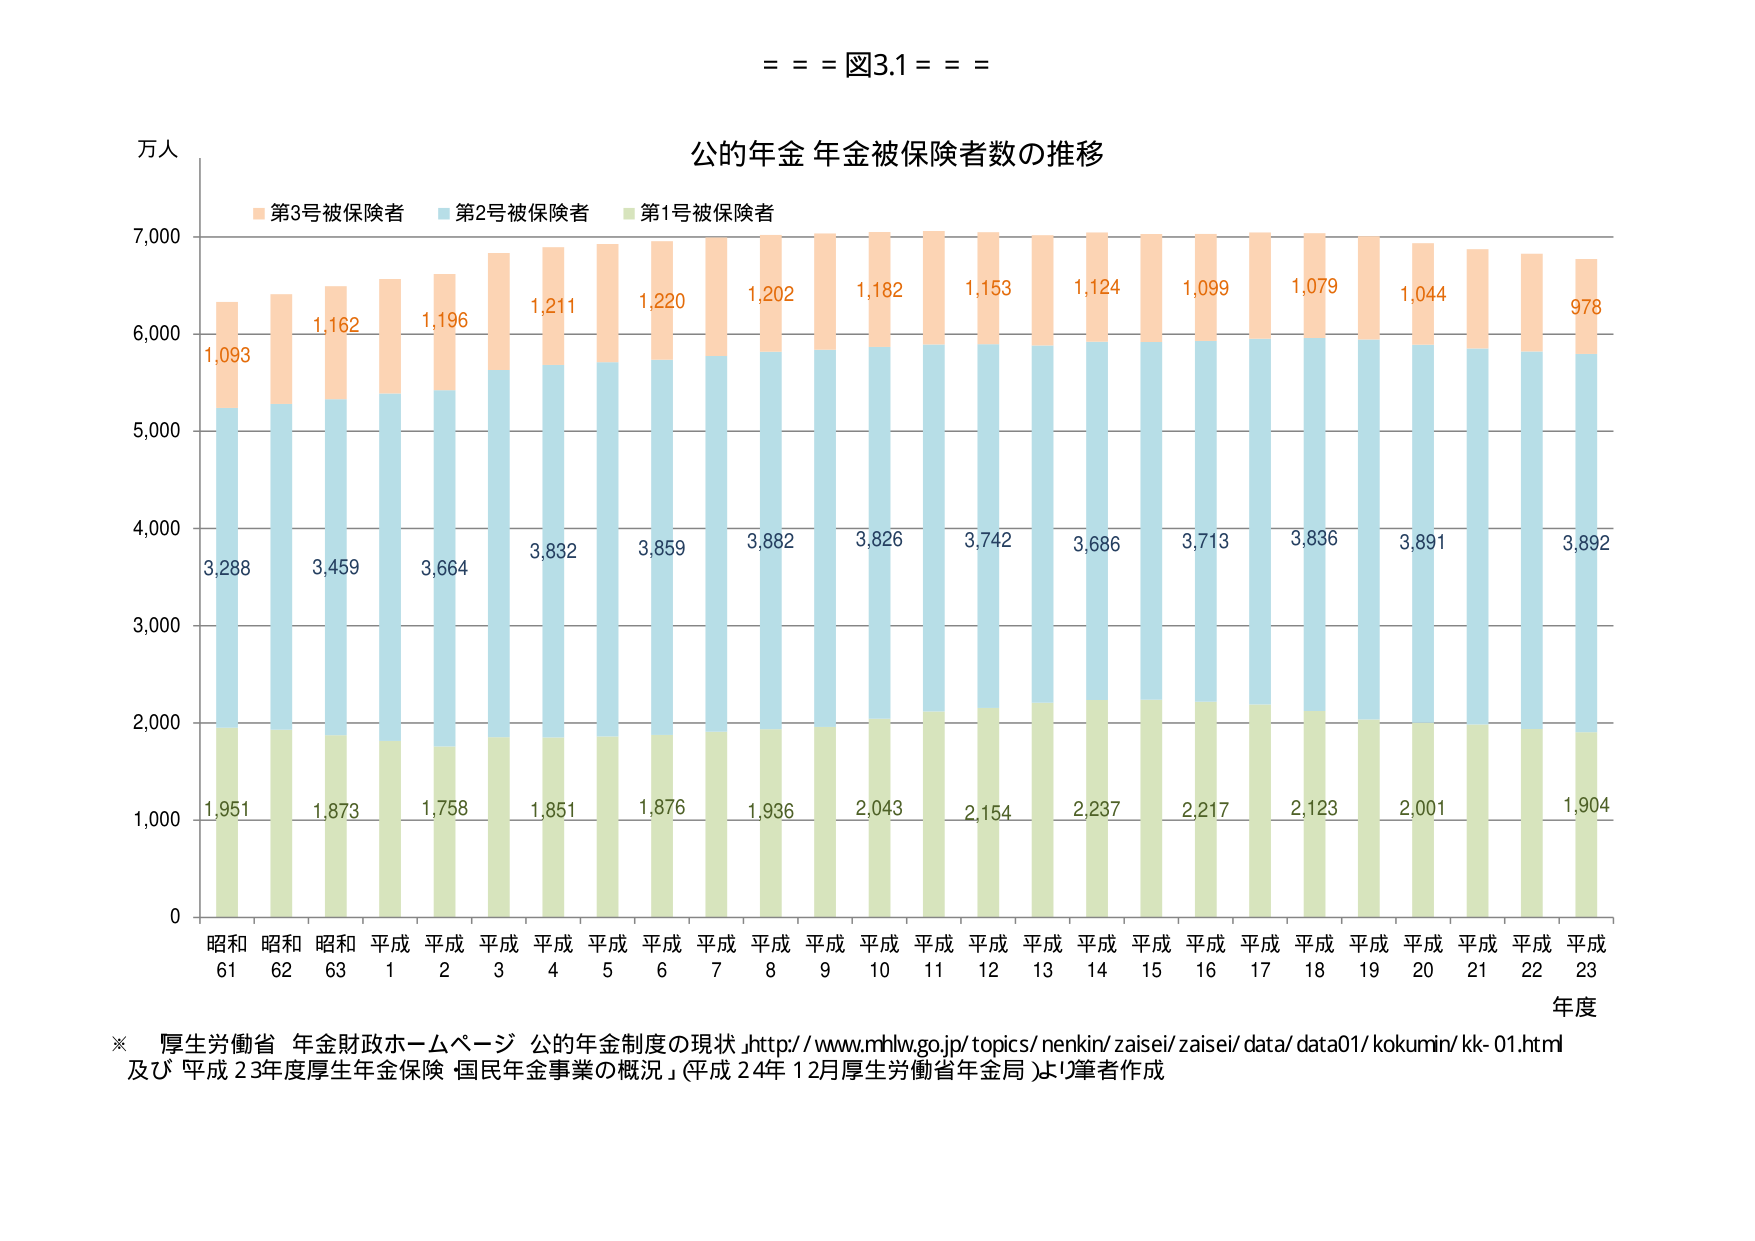
= = = 図3.1 = = =

万人

公的年金 年金被保険者数の推移

第3号被保険者　第2号被保険者　第1号被保険者

7,000

6,000　1,093　1,162　1,196　1,211　1,220　1,202　1,182　1,153　1,124　1,099　1,079　1,044　978

5,000　3,288　3,459　3,664　3,832　3,859　3,882　3,826　3,742　3,686　3,713　3,836　3,891　3,892

4,000

3,000

2,000　1,951　1,873　1,758　1,851　1,876　1,936　2,043　2,154　2,237　2,217　2,123　2,001　1,904

1,000

0

昭和61　昭和62　昭和63　平成1　平成2　平成3　平成4　平成5　平成6　平成7　平成8　平成9　平成10　平成11　平成12　平成13　平成14　平成15　平成16　平成17　平成18　平成19　平成20　平成21　平成22　平成23

年度

※ 厚生労働省 年金財政ホームページ 公的年金制度の現状 http://www.mhlw.go.jp/topics/nenkin/zaisei/zaisei/data/data01/kokumin/kk-01.html
及び 平成23年度厚生年金保険「国民年金事業の概況」（平成24年12月厚生労働省年金局）より筆者作成